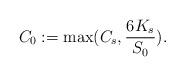
LaTeX: \begin{align*}C_0 :=\max(C_s, \frac{6K_s}{S_0}). \end{align*}